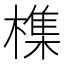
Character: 𣛜